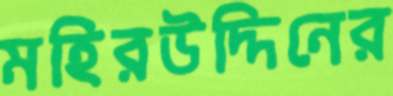
মহিরউদ্দিনের